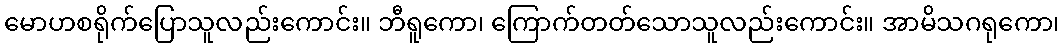
မောဟစရိုက်ပြောသူလည်းကောင်း။ ဘီရူကော၊ ကြောက်တတ်သောသူလည်းကောင်း။ အာမိသဂရုကော၊